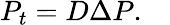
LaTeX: P_{t}=D\Delta P.\quad